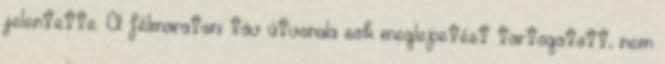
jelentette. A félmaratoni táv útvonala sok meglepetést tartogatott, nem